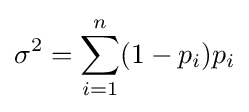
\sigma ^{2}=\sum \limits _{i=1}^{n}(1-p_{i})p_{i}